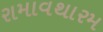
રામાવથારમ